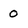
Character: 0